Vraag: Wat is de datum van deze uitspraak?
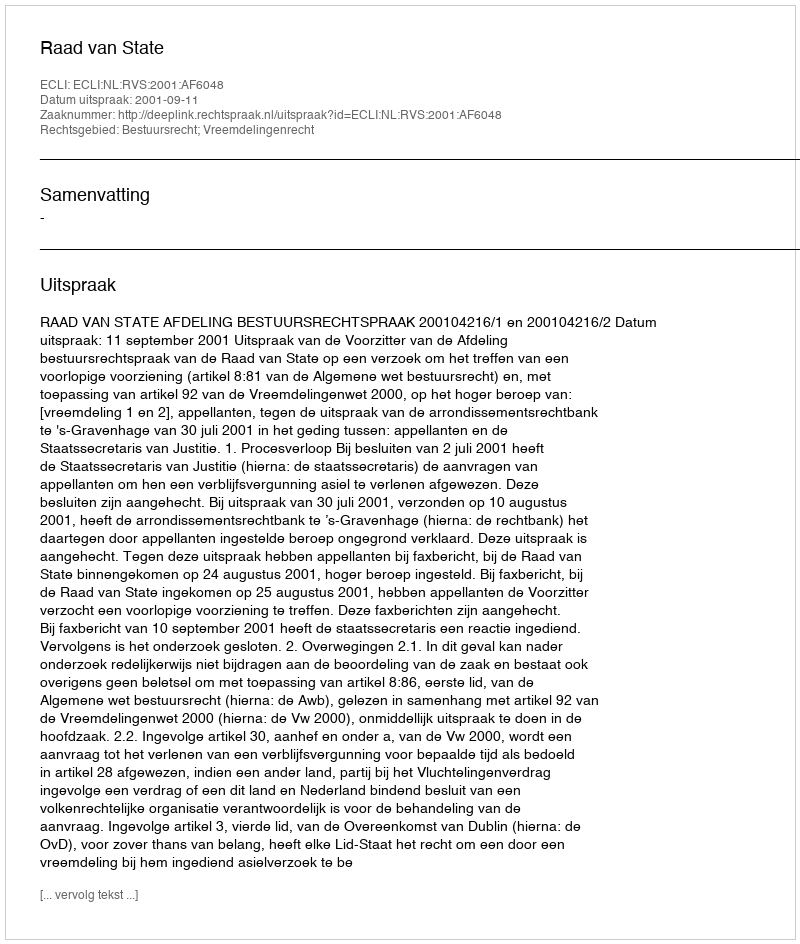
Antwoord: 2001-09-11